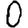
Digit: 0